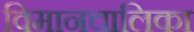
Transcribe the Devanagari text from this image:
विमानचालिका